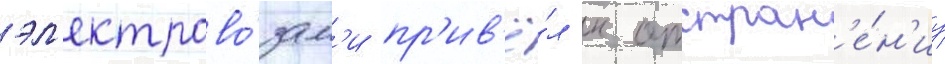
эл'ектрово́зам'и пр'ив'ё́л к отстран'е́н'иу